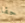
حقا